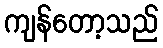
ကျန်တော့သည်